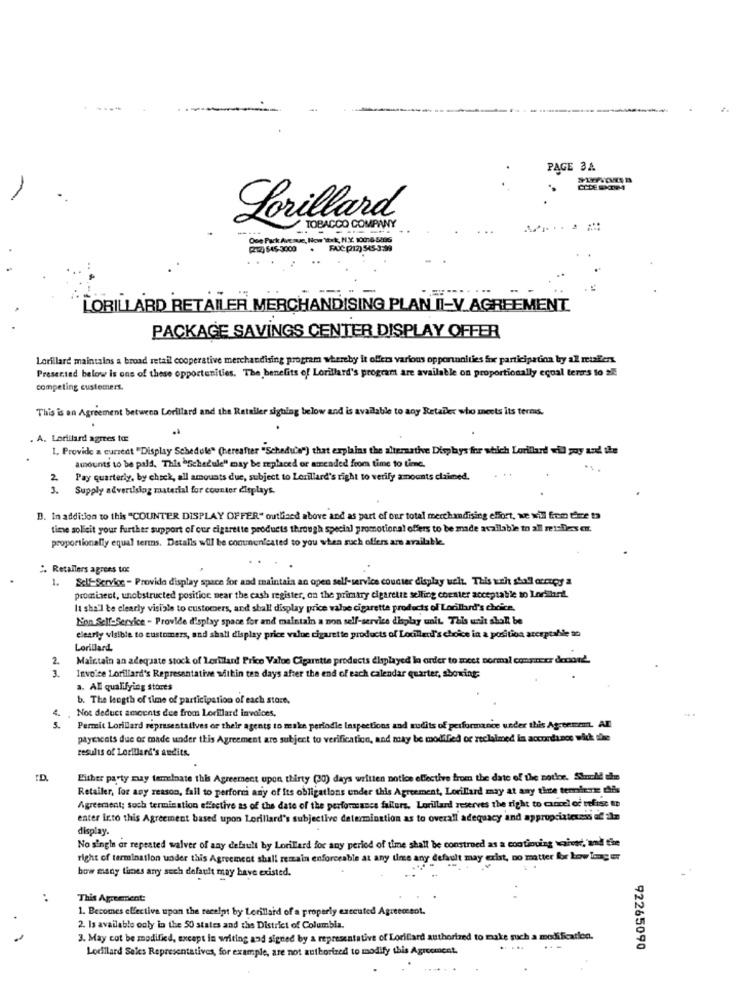
PAGE 3A
CODE EXDM
Lorillard
TOBACCO COMPANY
One Park Avenue, Now itxk, N.Y. 10014-5896
(212) SE$ 3000
FAX: (212) 545-3:39
LOBILLARD RETAILER MERCHANDISING PLAN TI-V AGREEMENT.
PACKAGE SAVINGS CENTER DISPLAY OFFER
Lorillard maintains a broad retail cooperative merchandising program whereby it offers varions opportunities for participation by all metallers.
Presented below is ons of these opportunities. The benefits of Lorillard's program are available on proportionally ecoal terms to al
competing customers.
This is an Agreement between Lorillard and the Retailer sigulag below and is available to any Retailer who meets its terms.
. A. Lorillard agrees to:
1. Provide a current "Display Schedule" (hereafter "Schedu'a") that explains the alternative Disphys for which Lorillard will pay and the
amounts to be pald, This "Schedule" may be replaced or amended from time to tiene.
2.
Pay quarterly, by check, all amounts due, subject to Lorillard's right to verify amounts claimed.
. .
3. Supply advertising material for counter displays.
B. In addition to this "COUNTER DISPLAY OFFER" outlined above and as part of our total merchandising effort, we will from tre ta
time solicit your further support of our cigarette products through special promotional offers to be made available to all retailers en.
proportionally equal terms. Detalis will be communicated to you when such offers are available.
". Retailers agrees to:
1. Self-Service - Provide display space for and maintain an open self-service counter display uch. This ucht shall comes a
prominent, unobstructed positicc near the cash register, on the primary cigarette selling coester acceptable to Lorilhanit.
It sha'l te clearly visible to customers, and shall display price vale cigarette products of Lodilbrd's choice.
Non Self-Service - Provide display space for and maintain a non self-service display unit. This unit shall be
clearly visible to customers, and shall display price value cigarette products of Loxilland's choice in a position acceptable mo
Lorillard
2.
Maintain an adequate stock of Leriard Price Valoe Cigarette products displayed la order to meet normal consneer denne
3.
Invoice Lorillard's Representative within ten days after the end of each calendar quarter, showing;
a. All qualifying stores
b. The length of time of participation of each store.
. . Not deduct amounts due from Lorillard invoices,
5.
Permit Lorillard representatives or thele agents to make perfodie Inspections and audits of performance under this Agreement. AL
paycicats due or made under this Agreement are subject to verification, and may be modified or reclaimed in accordance with the
results of Lorillard's andits.
I.D.
Either party may temelnate this Agreement upon thirty (30) days written notice effective from the date of the notke. Stuold ale
Retailer, for any reason, fall to perform any of Its obligations under this Agreement, Lorillard may at any thee teminat this
Agreement; such termination effective as of the date of the performance fallers. Lorillard reserves the right to cancel od refisc to
enter into this Agreement based upon Lorillard's subjective determination as to overall adequacy and appropriateness of ile
display.
No single or repeated walver of any default by Lorillard for any period of time shall be construed as a continuing waiver,'and the
right of termination under this Agreement shall remain enforceable at any time any default may erist, no matter for how long er
how many times any such default may have existed.
This Agreement:
1. Becomes effective upon the receipt by Lorillard of a properly executed Agreement.
2. Is available only in the 50 states and the District of Columbia.
3. May cot be modified, except in writing and signed by a representative of Lorillard authorized to make such a modification.
Lodillard Sales Representatives, for example, are not authorized to modify this Agreement.
....
92265090